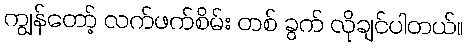
ကျွန်တော့် လက်ဖက်စိမ်း တစ် ခွက် လိုချင်ပါတယ်။